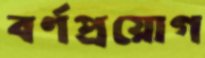
বর্ণপ্রয়োগ